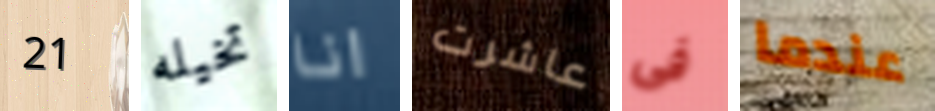
21 تخيله انا عاشرت فى عندما